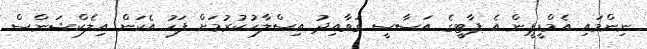
ނިންމައި އެމްޑީޕީން އެ ޕާޓީގެ އަސާސީ ގަވާއިދު އިސްލާހުކުރުމަށް ފަހު އެކަން އިލެކްޝަންސް